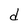
Character: d